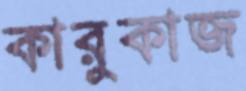
কারুকাজ